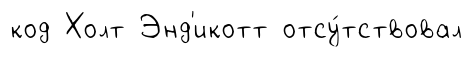
код Холт Энд'икотт отсу́тствовал